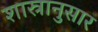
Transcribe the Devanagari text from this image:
शास्रानुसार